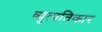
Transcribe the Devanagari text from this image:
व्युत्पतिकार